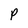
Character: P